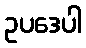
ဥပဒေပါ